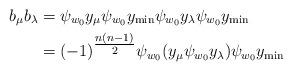
LaTeX: \begin{align*}b_{\mu}b_{\lambda}&=\psi_{w_{0}}y_{\mu}\psi_{w_{0}}y_{\min}\psi_{w_{0}}y_{\lambda}\psi_{w_{0}}y_{\min}\\&=(-1)^{\tfrac{n(n-1)}{2}}\psi_{w_{0}}(y_{\mu}\psi_{w_{0}}y_{\lambda})\psi_{w_{0}}y_{\min}\end{align*}